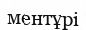
ментұрі